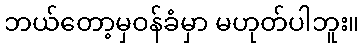
ဘယ်တော့မှဝန်ခံမှာ မဟုတ်ပါဘူး။